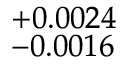
^ { + 0 . 0 0 2 4 } _ { - 0 . 0 0 1 6 }